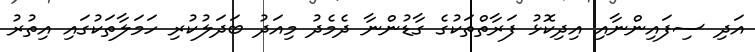
އަދި ސިފައިންނާއި އިދިކޮޅު ފަރާތްތަކުގެ ގާޑުންނާ ދެމެދު މިއަދު ބަދަލުކުރި ހަމަލާތަކުގައި އިތުރު